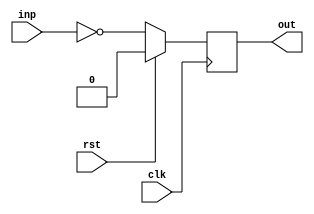
module bar(clk, rst, inp, out);
  input  wire clk;
  input  wire rst;
  input  wire inp;
  output reg  out;

  always @(posedge clk)
    if (rst) out <= 1'd0;
    else     out <= ~inp;

endmodule

module foo(clk, rst, inp, out_a, out_b);
  input  wire clk;
  input  wire rst;
  input  wire inp;
  output wire out_a;
  output wire out_b;

  bar bar_instance_1 ( (* this_is_clock *) .clk(clk), .rst(rst), .inp(inp), .out(out_a) );
  bar bar_instance_2 ( clk, (* this_is_reset *) rst, inp, out_b );

  initial begin
    $display("PASSED");
  end

endmodule